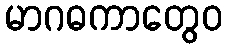
မာဂဓကာတွေဝ